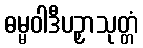
ဓမ္မဝါဒီပဉှာသုတ္တံ